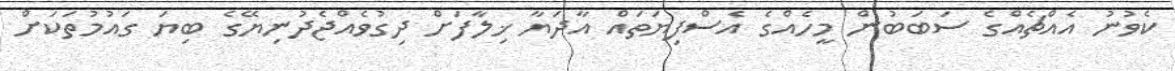
ކެވުނު އެއްޗެއްގެ ސަބަބުން މީހެއްގެ އެސްފިޔަތައް އާދަޔާ ޚިލާފަށް ދިގުވެއްޖެދުނިޔޭގެ ބިޔަ ގައުމުތަކަށް